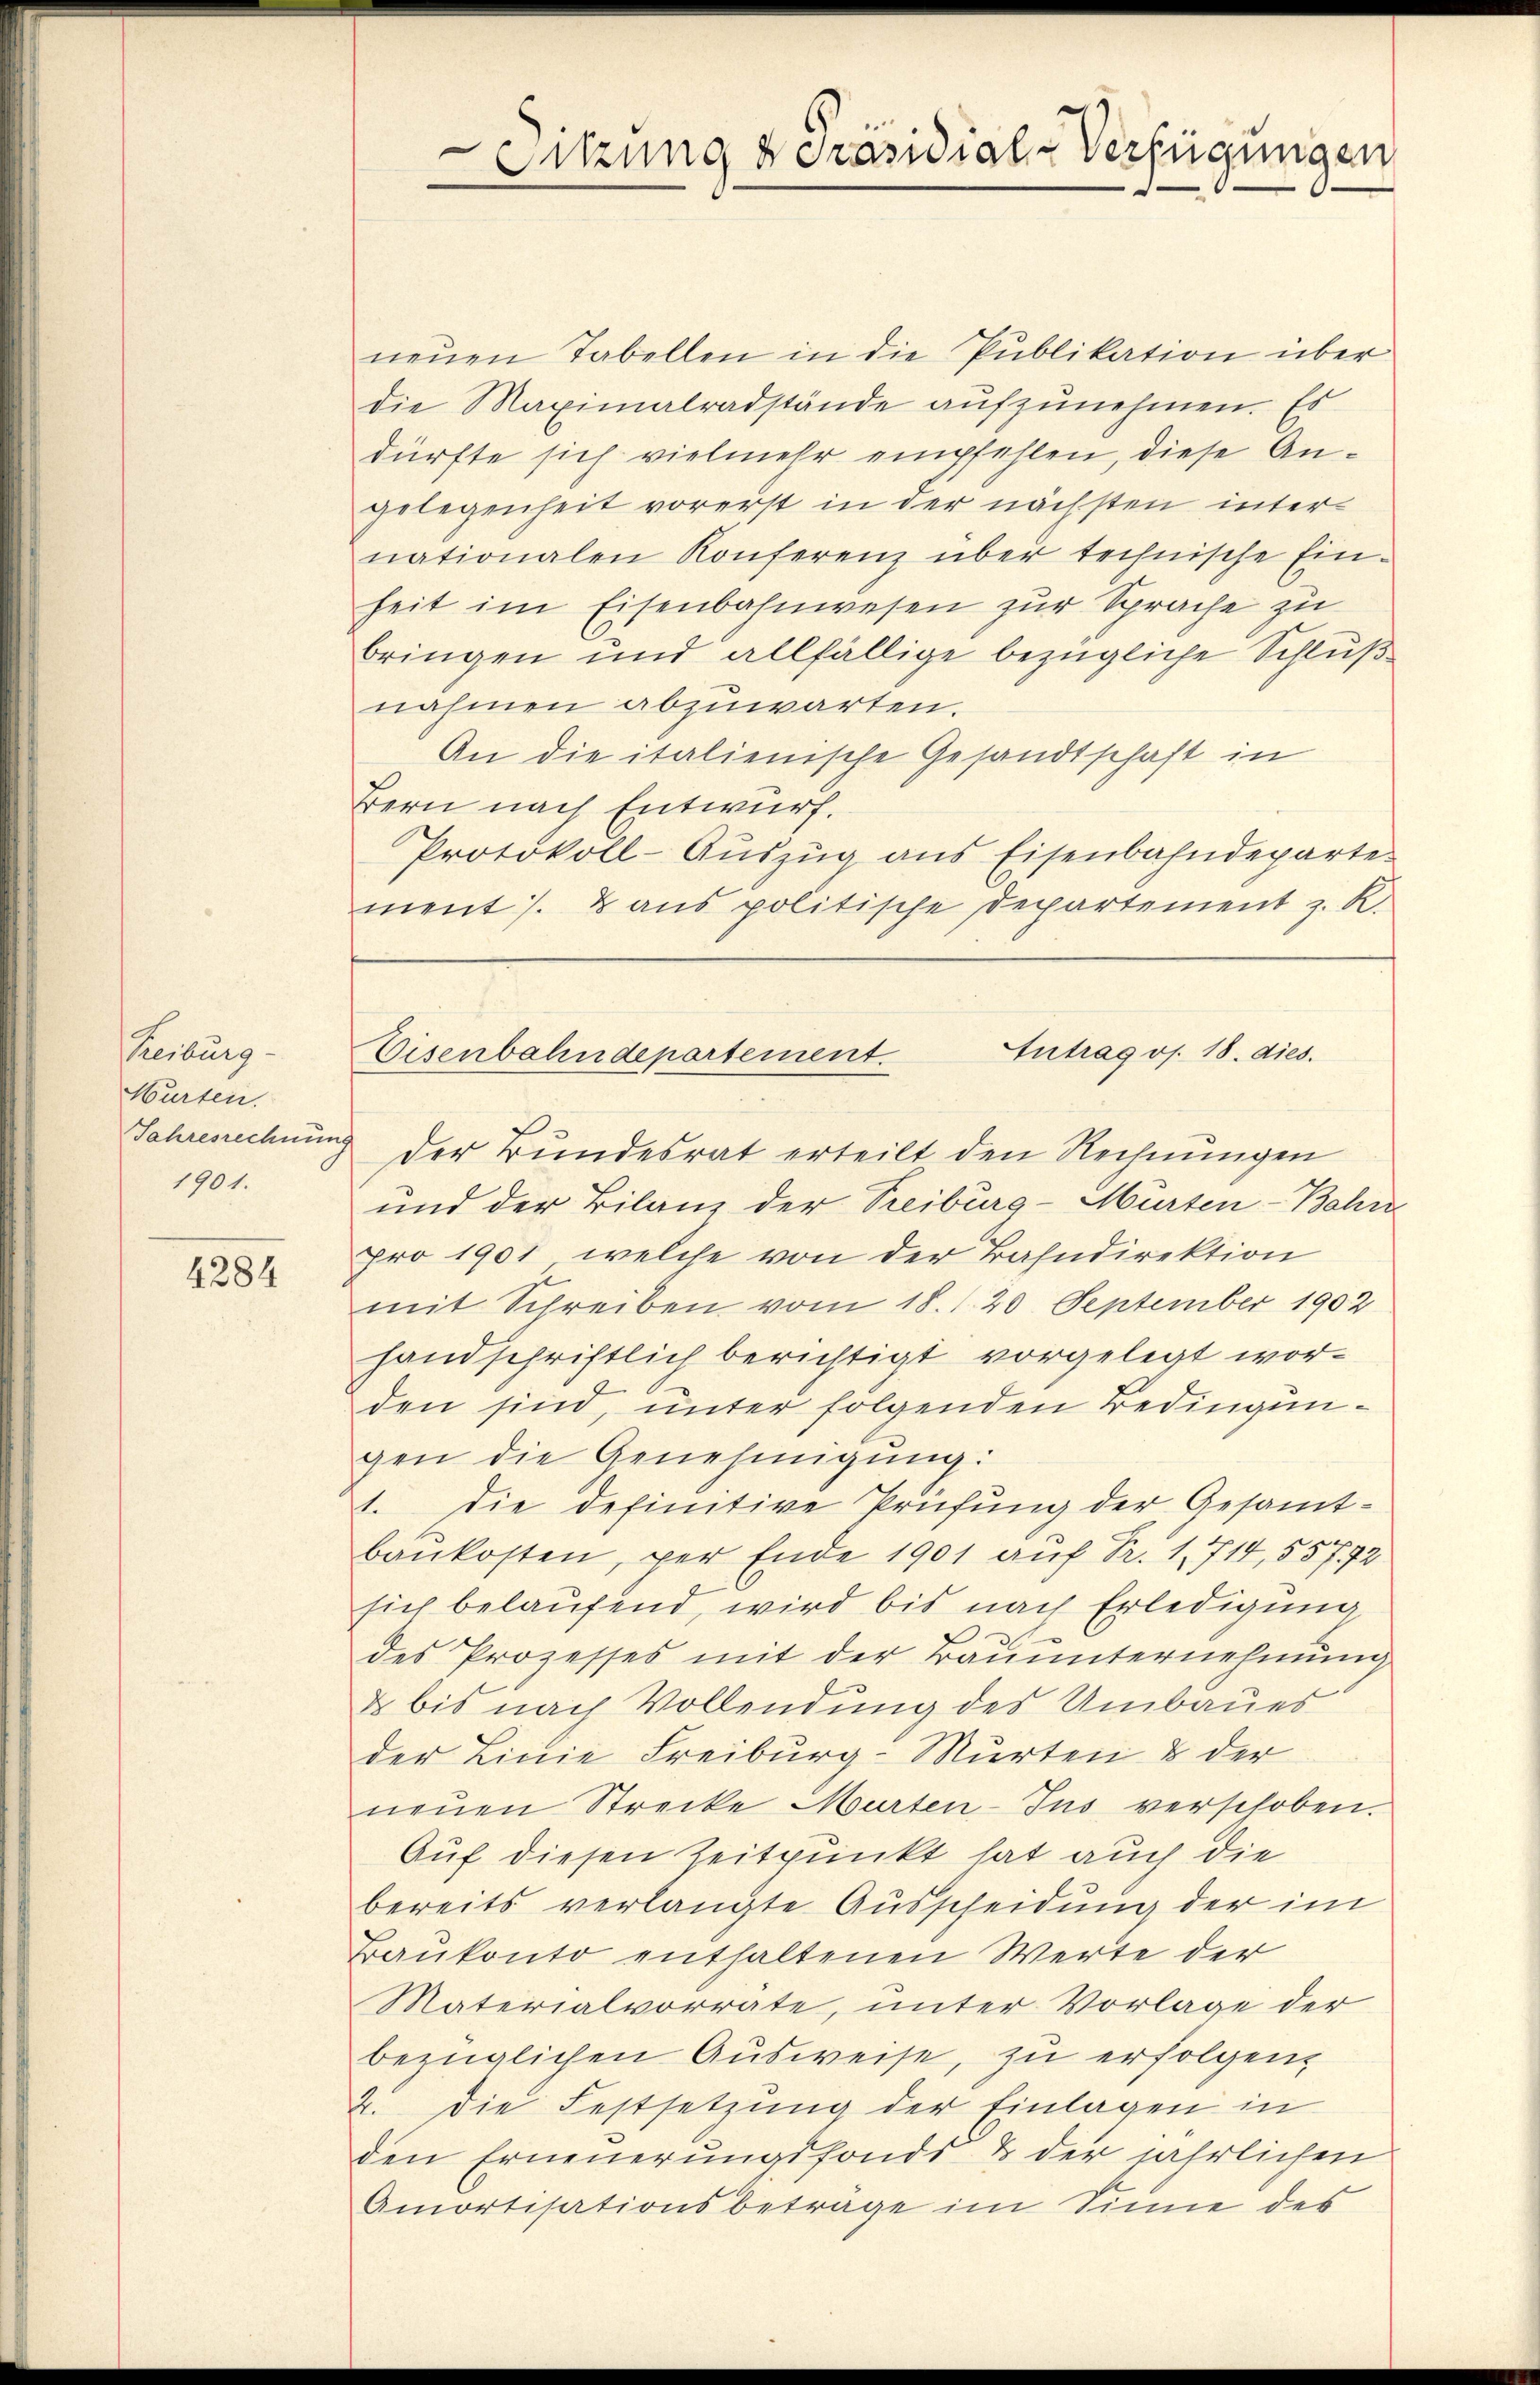
Reibung
Murten.
Jahresrechnun
1901.

4284

neŭen Tabellen in die Publikation über
die Maximalradstände aufzunehmen. Es
dürfte sich vielmehr empfehlen, diese Angelegenheit vorerst in der nächsten internationalen Konferenz über technische Ein-
heit im Eisenbahnwesen zur Sprache zu
bringen und allfällige bezügliche Schluß
nahmen abzuwarten.
An die italienische Gesandtschaft in
Bern nach Entwurf.
Protokoll-Auszug aus Eisenbahndeparte.
ment. & aus politische Departement z. R.

Sitzung Präsidial-Verfügungen

Antrag os. 18. dies.
Eisenbahndepartement.

der Bundesrat erteilt den Rechnungen
und der Bilanz der Treiburg-Mürten-Bahn
pro 1901, welche von der Bahndirektion
mit Schreiben vom 18. / 20 September 1902
handschriftlich berichtigt vorgelegt worden sind, unter folgenden Bedingungen die Genehmigŭng:
1. Die definitive Prüfung der Gesamt-
baukosten, per Ende 1901 auf Pr. 1. 714, 55772
sich belaufend, wird bis nach Erledigung
des Prozesses mit der Bauunternehmung
& bis nach Vollendung des Umbaues
der Linie Freiburg-Murten & der
neŭen Strecke Murten-Ins verschoben.
Auf diesen Zeitpunkt hat auch die
bereits verlangte Ausscheidung der im
Baukonto enthaltenen Werte der
Materialvorrate, unter Vorlage der
bezüglichen Ausweise, zu erfolgen,
2. Die Festsetzung der Einlagen in
den Erneuerungsfonds & der jährlichen
Amortisationsbeträge im Sinne des